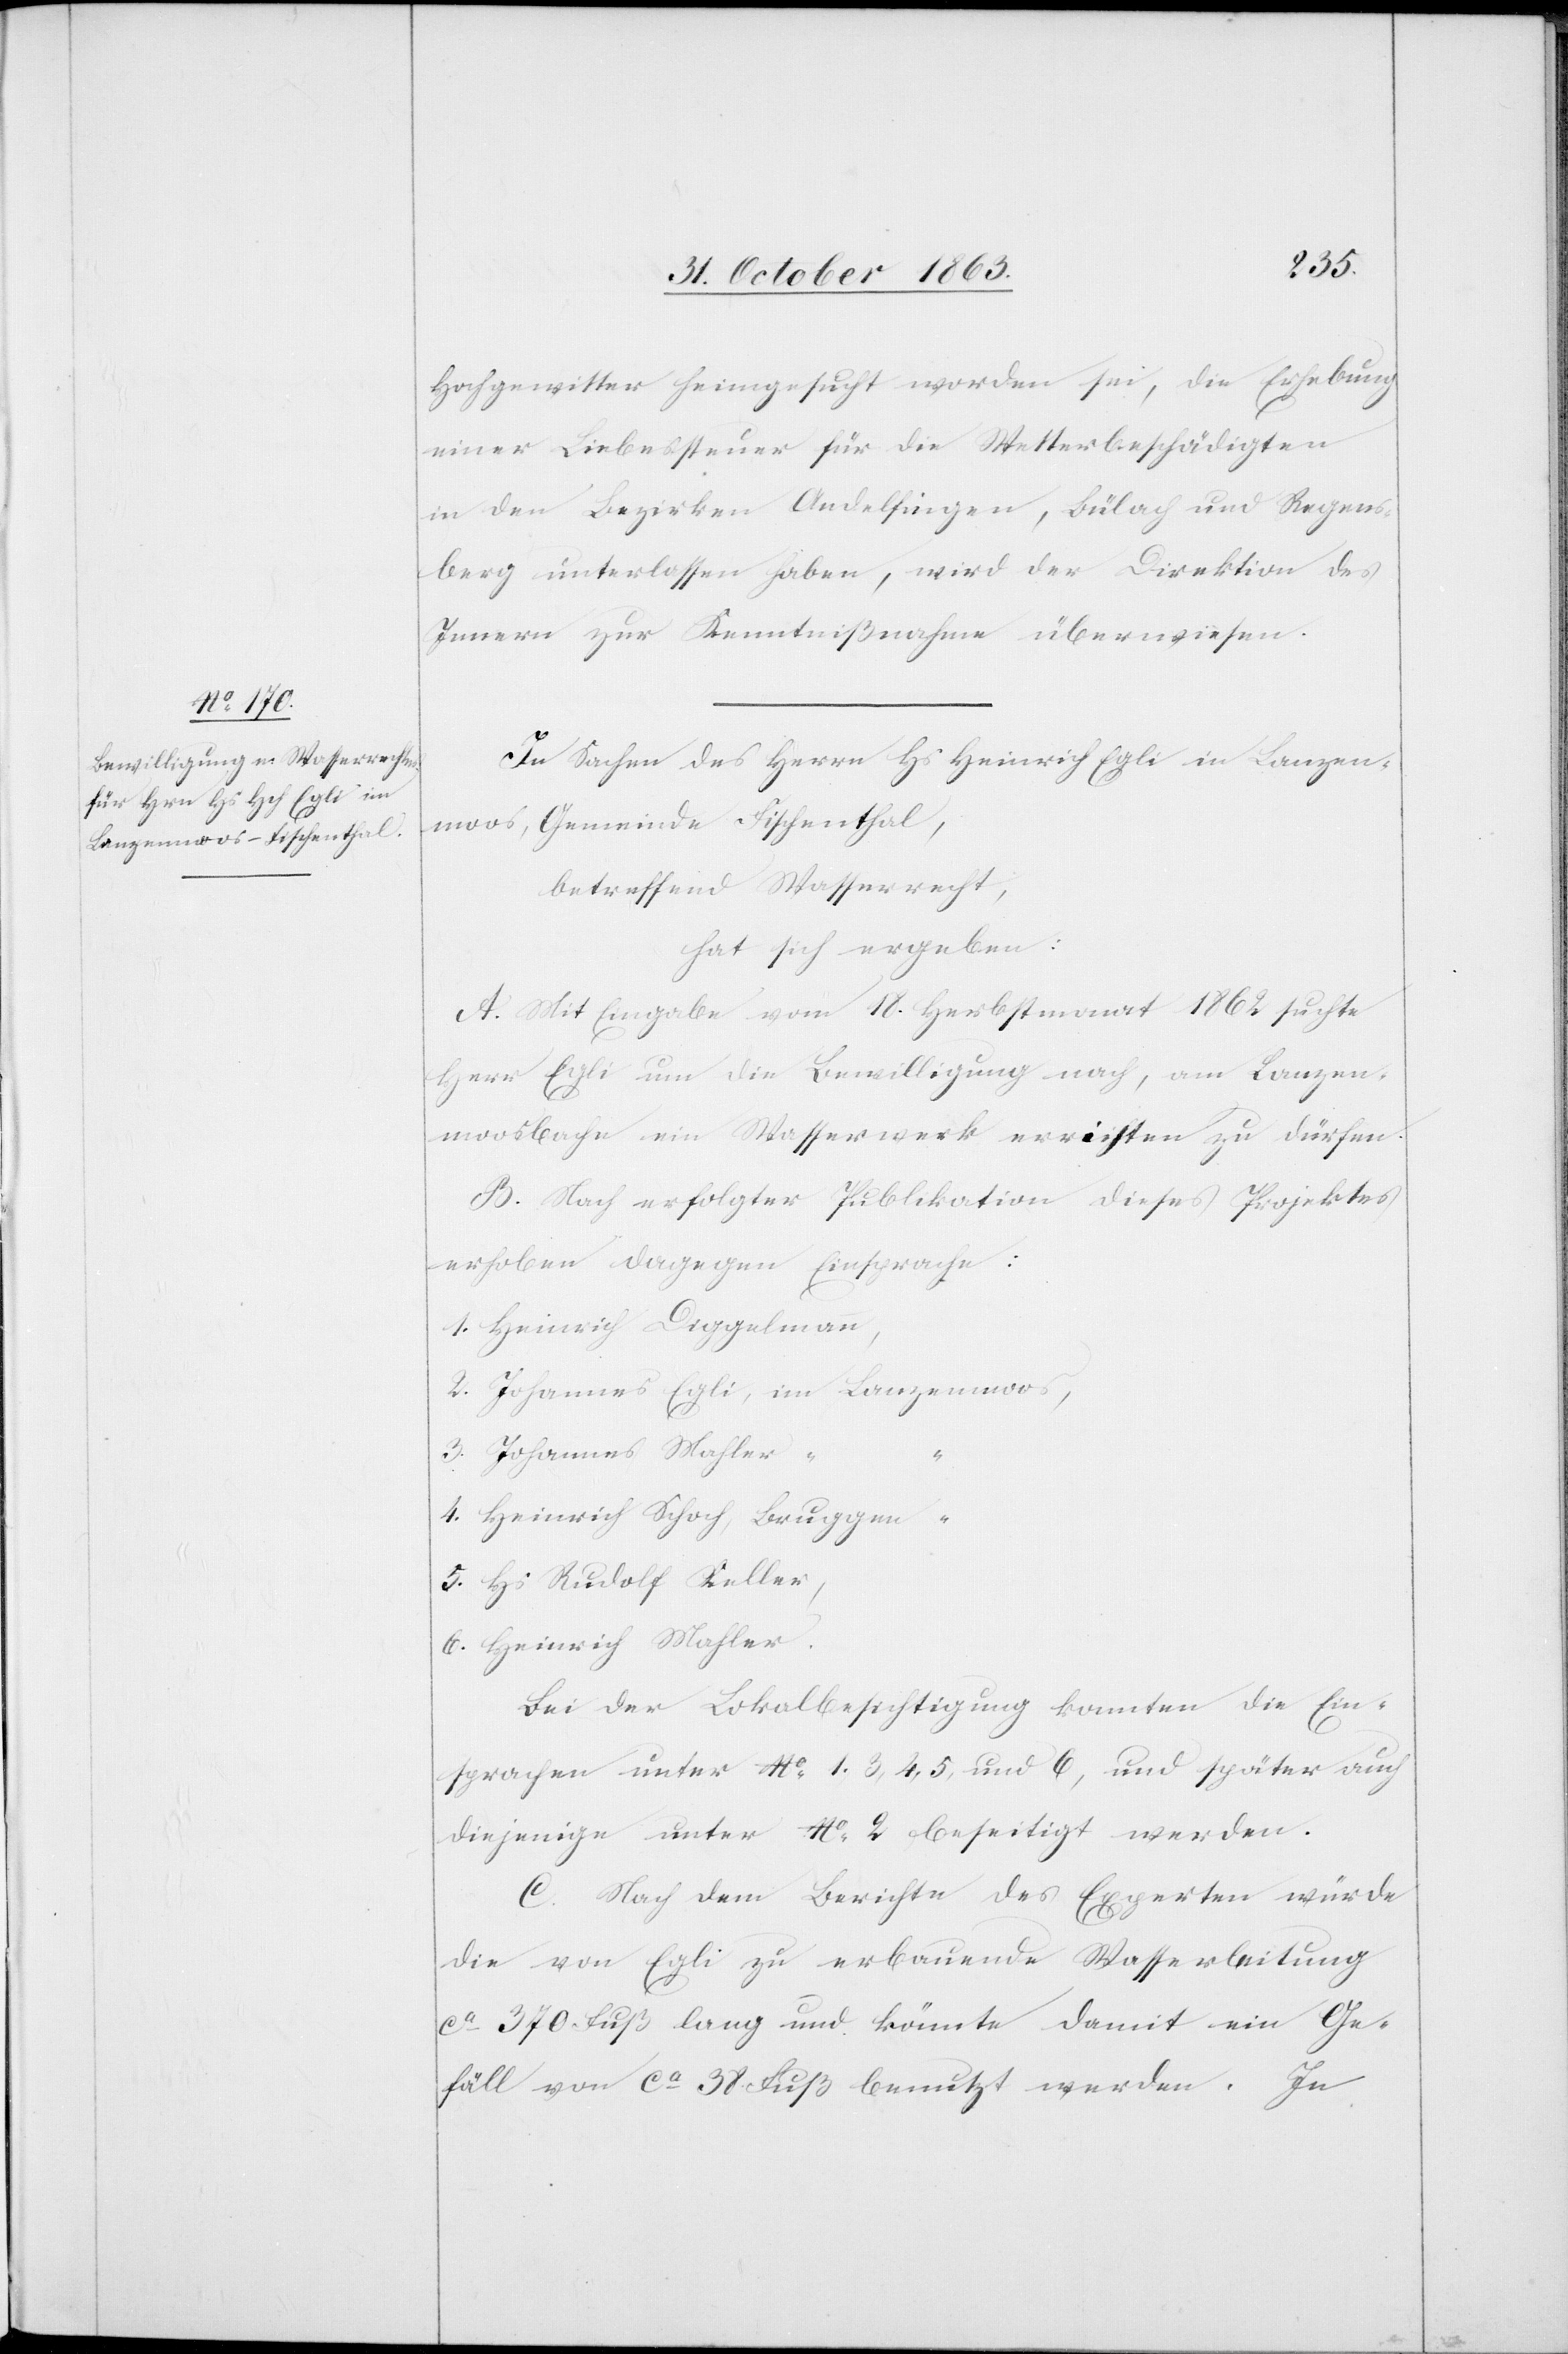
Hochgewitter heimgesucht worden sei, die Erhebung
einer Liebessteuer für die Wetterbeschädigten
in den Bezirken Andelfingen, Bülach und Regens¬
berg unterlassen haben, wird der Direktion des
Innern zur Kenntnißnahme überwiesen.
In Sachen des Herrn Hs Heinrich Egli in Lanzen¬
moos, Gemeinde Fischenthal,
betreffend Wasserrecht,
hat sich ergeben:
A. Mit Eingabe vom 18. Herbstmonat 1862 suchte
Herr Egli um die Bewilligung nach, am Lanzen¬
moosbache ein Wasserwerk errichten zu dürfen.
B. Nach erfolgter Publikation dieses Projektes
erhoben dagegen Einsprache.
1. Heinrich Diggelmann,
2. Johannes Egli,	im Lanzenmoos,
3. Johannes Mahler
4. Heinrich Schoch, Bruggen “
5. Hs Rudolf Keller,
6. Heinrich Mahler.
Bei der Lokalbesichtigung konnten die Ein¬
sprachen unter No 1., 3, 4, 5, und 6, und später auch
diejenige unter No 2 beseitigt werden.
C. Nach dem Berichte des Experten würde
die von Egli zu erbauende Wasserleitung
ca 370 Fuß lang und könnte damit ein Ge¬
fäll von ca 38 Fuß benutzt werden. In